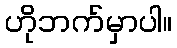
ဟိုဘက်မှာပါ။